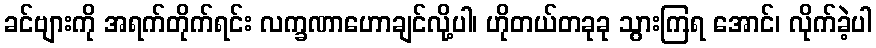
ခင်ဗျားကို အရက်တိုက်ရင်း လက္ခဏာဟောချင်လို့ပါ၊ ဟိုတယ်တခုခု သွားကြရ အောင်၊ လိုက်ခဲ့ပါ